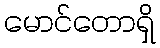
မောင်တောရှိ